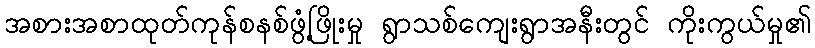
အစားအစာထုတ်ကုန်စနစ်ဖွံ့ဖြိုးမှု ရွာသစ်ကျေးရွာအနီးတွင် ကိုးကွယ်မှု၏